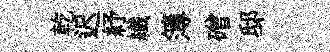
乾迟紓纎簿磳邸